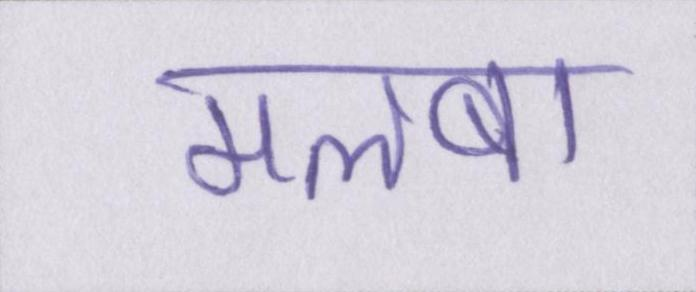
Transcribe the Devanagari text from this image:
मलबा